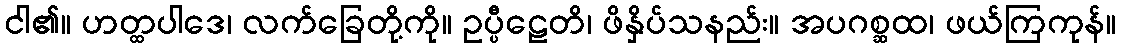
ငါ၏။ ဟတ္ထပါဒေ၊ လက်ခြေတို့ကို။ ဥပ္ပီဠေတိ၊ ဖိနှိပ်သနည်း။ အပဂစ္ဆထ၊ ဖယ်ကြကုန်။